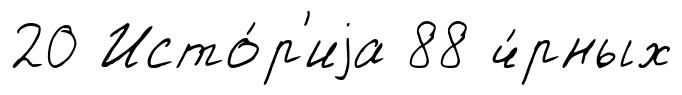
20 Исто́р'иjа 88 ч́рных